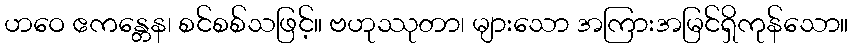
ဟဝေ ဧကန္တေန၊ စင်စစ်သဖြင့်။ ဗဟုဿုတာ၊ များသော အကြားအမြင်ရှိကုန်သော။